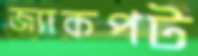
জ্যাকপট